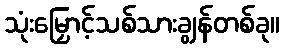
သုံးမြှောင့်သစ်သားချွန်တစ်ခု။